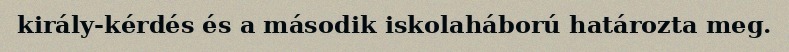
király-kérdés és a második iskolaháború határozta meg.